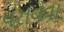
ધરાવવા